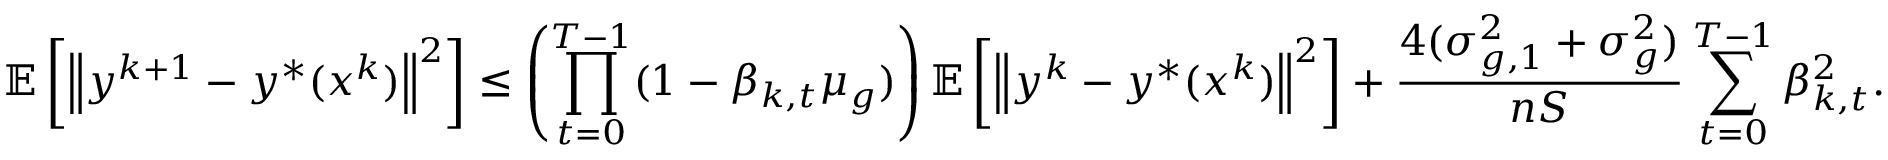
\mathbb { E } \left[ \left\| y ^ { k + 1 } - y ^ { * } ( x ^ { k } ) \right\| ^ { 2 } \right] \leq \left( \prod _ { t = 0 } ^ { T - 1 } ( 1 - \beta _ { k , t } \mu _ { g } ) \right) \mathbb { E } \left[ \left\| y ^ { k } - y ^ { * } ( x ^ { k } ) \right\| ^ { 2 } \right] + \frac { 4 ( \sigma _ { g , 1 } ^ { 2 } + \sigma _ { g } ^ { 2 } ) } { n S } \sum _ { t = 0 } ^ { T - 1 } \beta _ { k , t } ^ { 2 } .